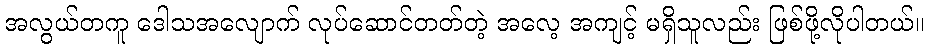
အလွယ်တကူ ဒေါသအလျောက် လုပ်ဆောင်တတ်တဲ့ အလေ့ အကျင့် မရှိသူလည်း ဖြစ်ဖို့လိုပါတယ်။